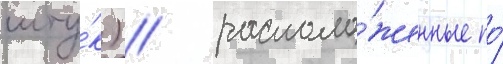
шту́к) / располо́женные по́